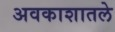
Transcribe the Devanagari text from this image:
अवकाशातले